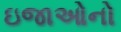
ઇજાઓનો